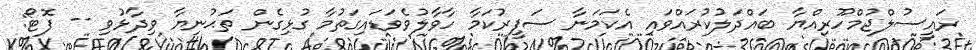
ރައީސުލްޖުމްހޫރިއްޔާ ބައްދަލުކުރައްވައި އެކަމަނާ ސަފީރުކަމާ ހާވާލުވެވަޑައިގަތުމާ ގުޅިގެން ތަޙުނިޔާ ވިދާޅުވި -- ފޮޓޯ: